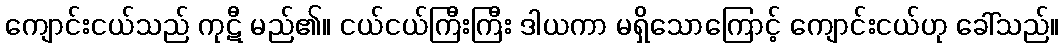
ကျောင်းငယ်သည် ကုဋီ မည်၏။ ငယ်ငယ်ကြီးကြီး ဒါယကာ မရှိသောကြောင့် ကျောင်းငယ်ဟု ခေါ်သည်။